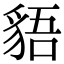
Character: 𧳎